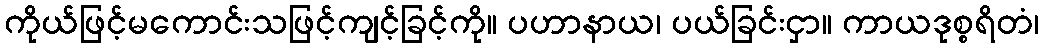
ကိုယ်ဖြင့်မကောင်းသဖြင့်ကျင့်ခြင့်ကို။ ပဟာနာယ၊ ပယ်ခြင်းငှာ။ ကာယဒုစ္စရိတံ၊